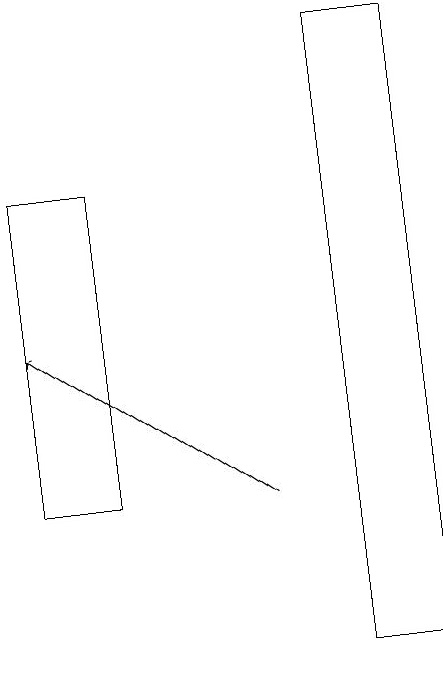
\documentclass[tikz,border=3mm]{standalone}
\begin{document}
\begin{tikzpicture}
\draw (4,11) rectangle (5,19);
\draw (0,13) rectangle (1,17);
\draw[->] (3,13) -- (0,15);
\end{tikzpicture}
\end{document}